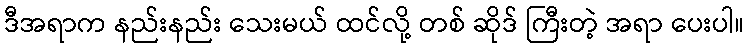
ဒီအရာက နည်းနည်း သေးမယ် ထင်လို့ တစ် ဆိုဒ် ကြီးတဲ့ အရာ ပေးပါ။